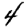
Digit: 4